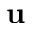
\mathbf { u }